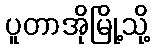
ပူတာအိုမြို့သို့